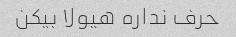
حرف نداره هیولا بیکن